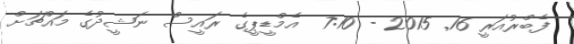
ފެބްރުއަރީ 16